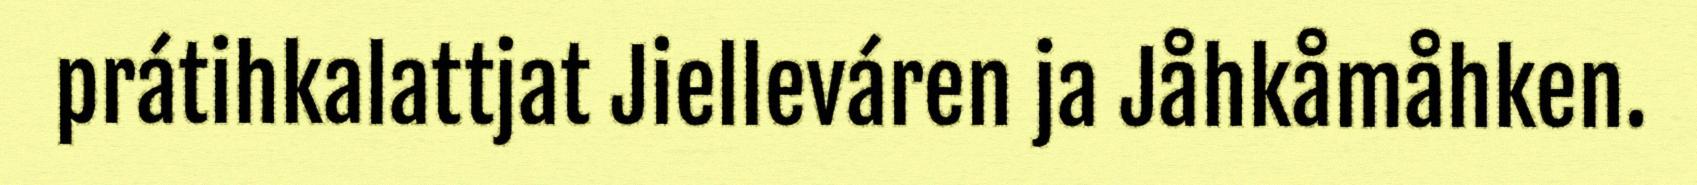
prátihkalattjat Jielleváren ja Jåhkåmåhken.